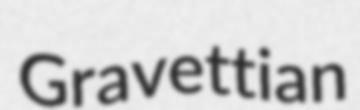
Gravettian